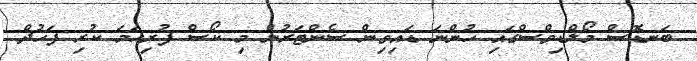
ބަނޑޮސް މޯލްޑިވްސްގައި ހުންނަ ޑައިވިން ސެންޓަރުން މި ކޯސް ފުރިހަމަ ކުރި ފަހުދް